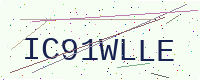
Text: IC91WLLE